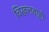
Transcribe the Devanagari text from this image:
चिखलवाही